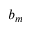
b _ { m }